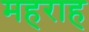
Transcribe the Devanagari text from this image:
महराह